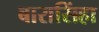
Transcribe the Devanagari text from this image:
बारासिंहा